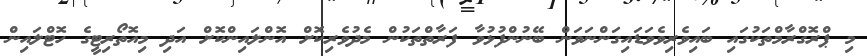
މި ޕްރޮގްރާމްތަކުގައި ބައިވެރިވެވަޑައިގަންނަވަން ބޭނުންފުޅުވާ ފަރާތްތަކުން މެދުވެރިކޮށް އޮންލައިންކޮށް އަދި މިއޮތޯރިޓީގެ ހޮޓްލައިން